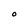
Character: O